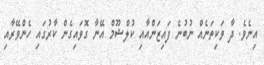
އިނެވެ. ދާ ވަކިތަނެއް ނުބުނެ ފައިޒަންއާއި ކުލްޝޫމް އޭނާ ގޮވައިގެން ކާރުގައި ހެންވޭރާއި